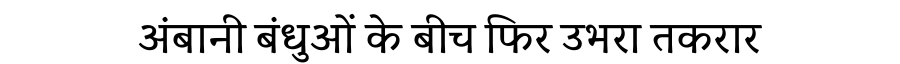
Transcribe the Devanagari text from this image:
अंबानी बंधुओं के बीच फिर उभरा तकरार